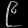
Digit: ၉